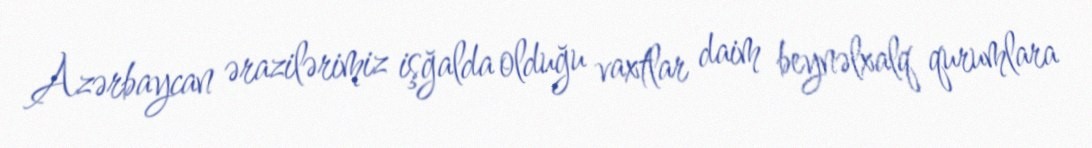
Azərbaycan ərazilərimiz işğalda olduğu vaxtlar daim beynəlxalq qurumlara